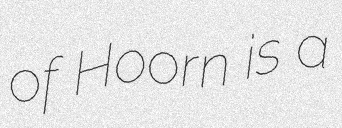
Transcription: of Hoorn is a